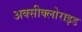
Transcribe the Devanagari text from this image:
अक्‍सीक्‍लोराइड